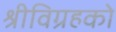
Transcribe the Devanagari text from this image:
श्रीविग्रहको